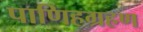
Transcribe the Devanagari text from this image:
पाणिहग्रहण